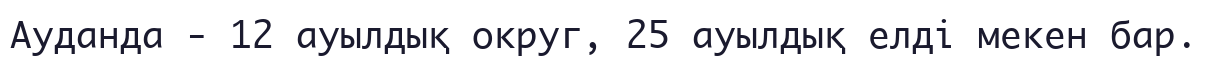
Ауданда - 12 ауылдық округ, 25 ауылдық елдi мекен бар.